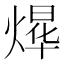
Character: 𮳴